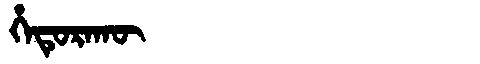
Manchu: ᡥᡝᡨᡠᡵᠠᡴᡡ
Romanization: HETURAKŪ